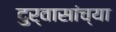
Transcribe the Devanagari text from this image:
दुर्वासांच्या